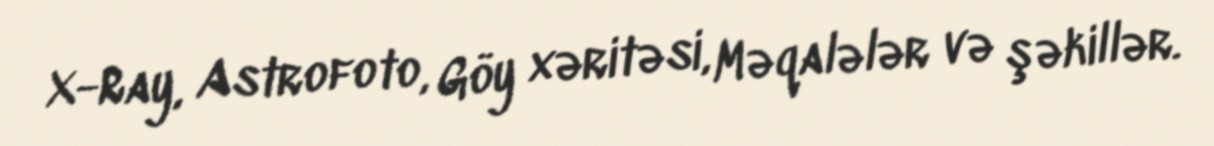
X-Ray, Astrofoto, Göy xəritəsi, Məqalələr və şəkillər.